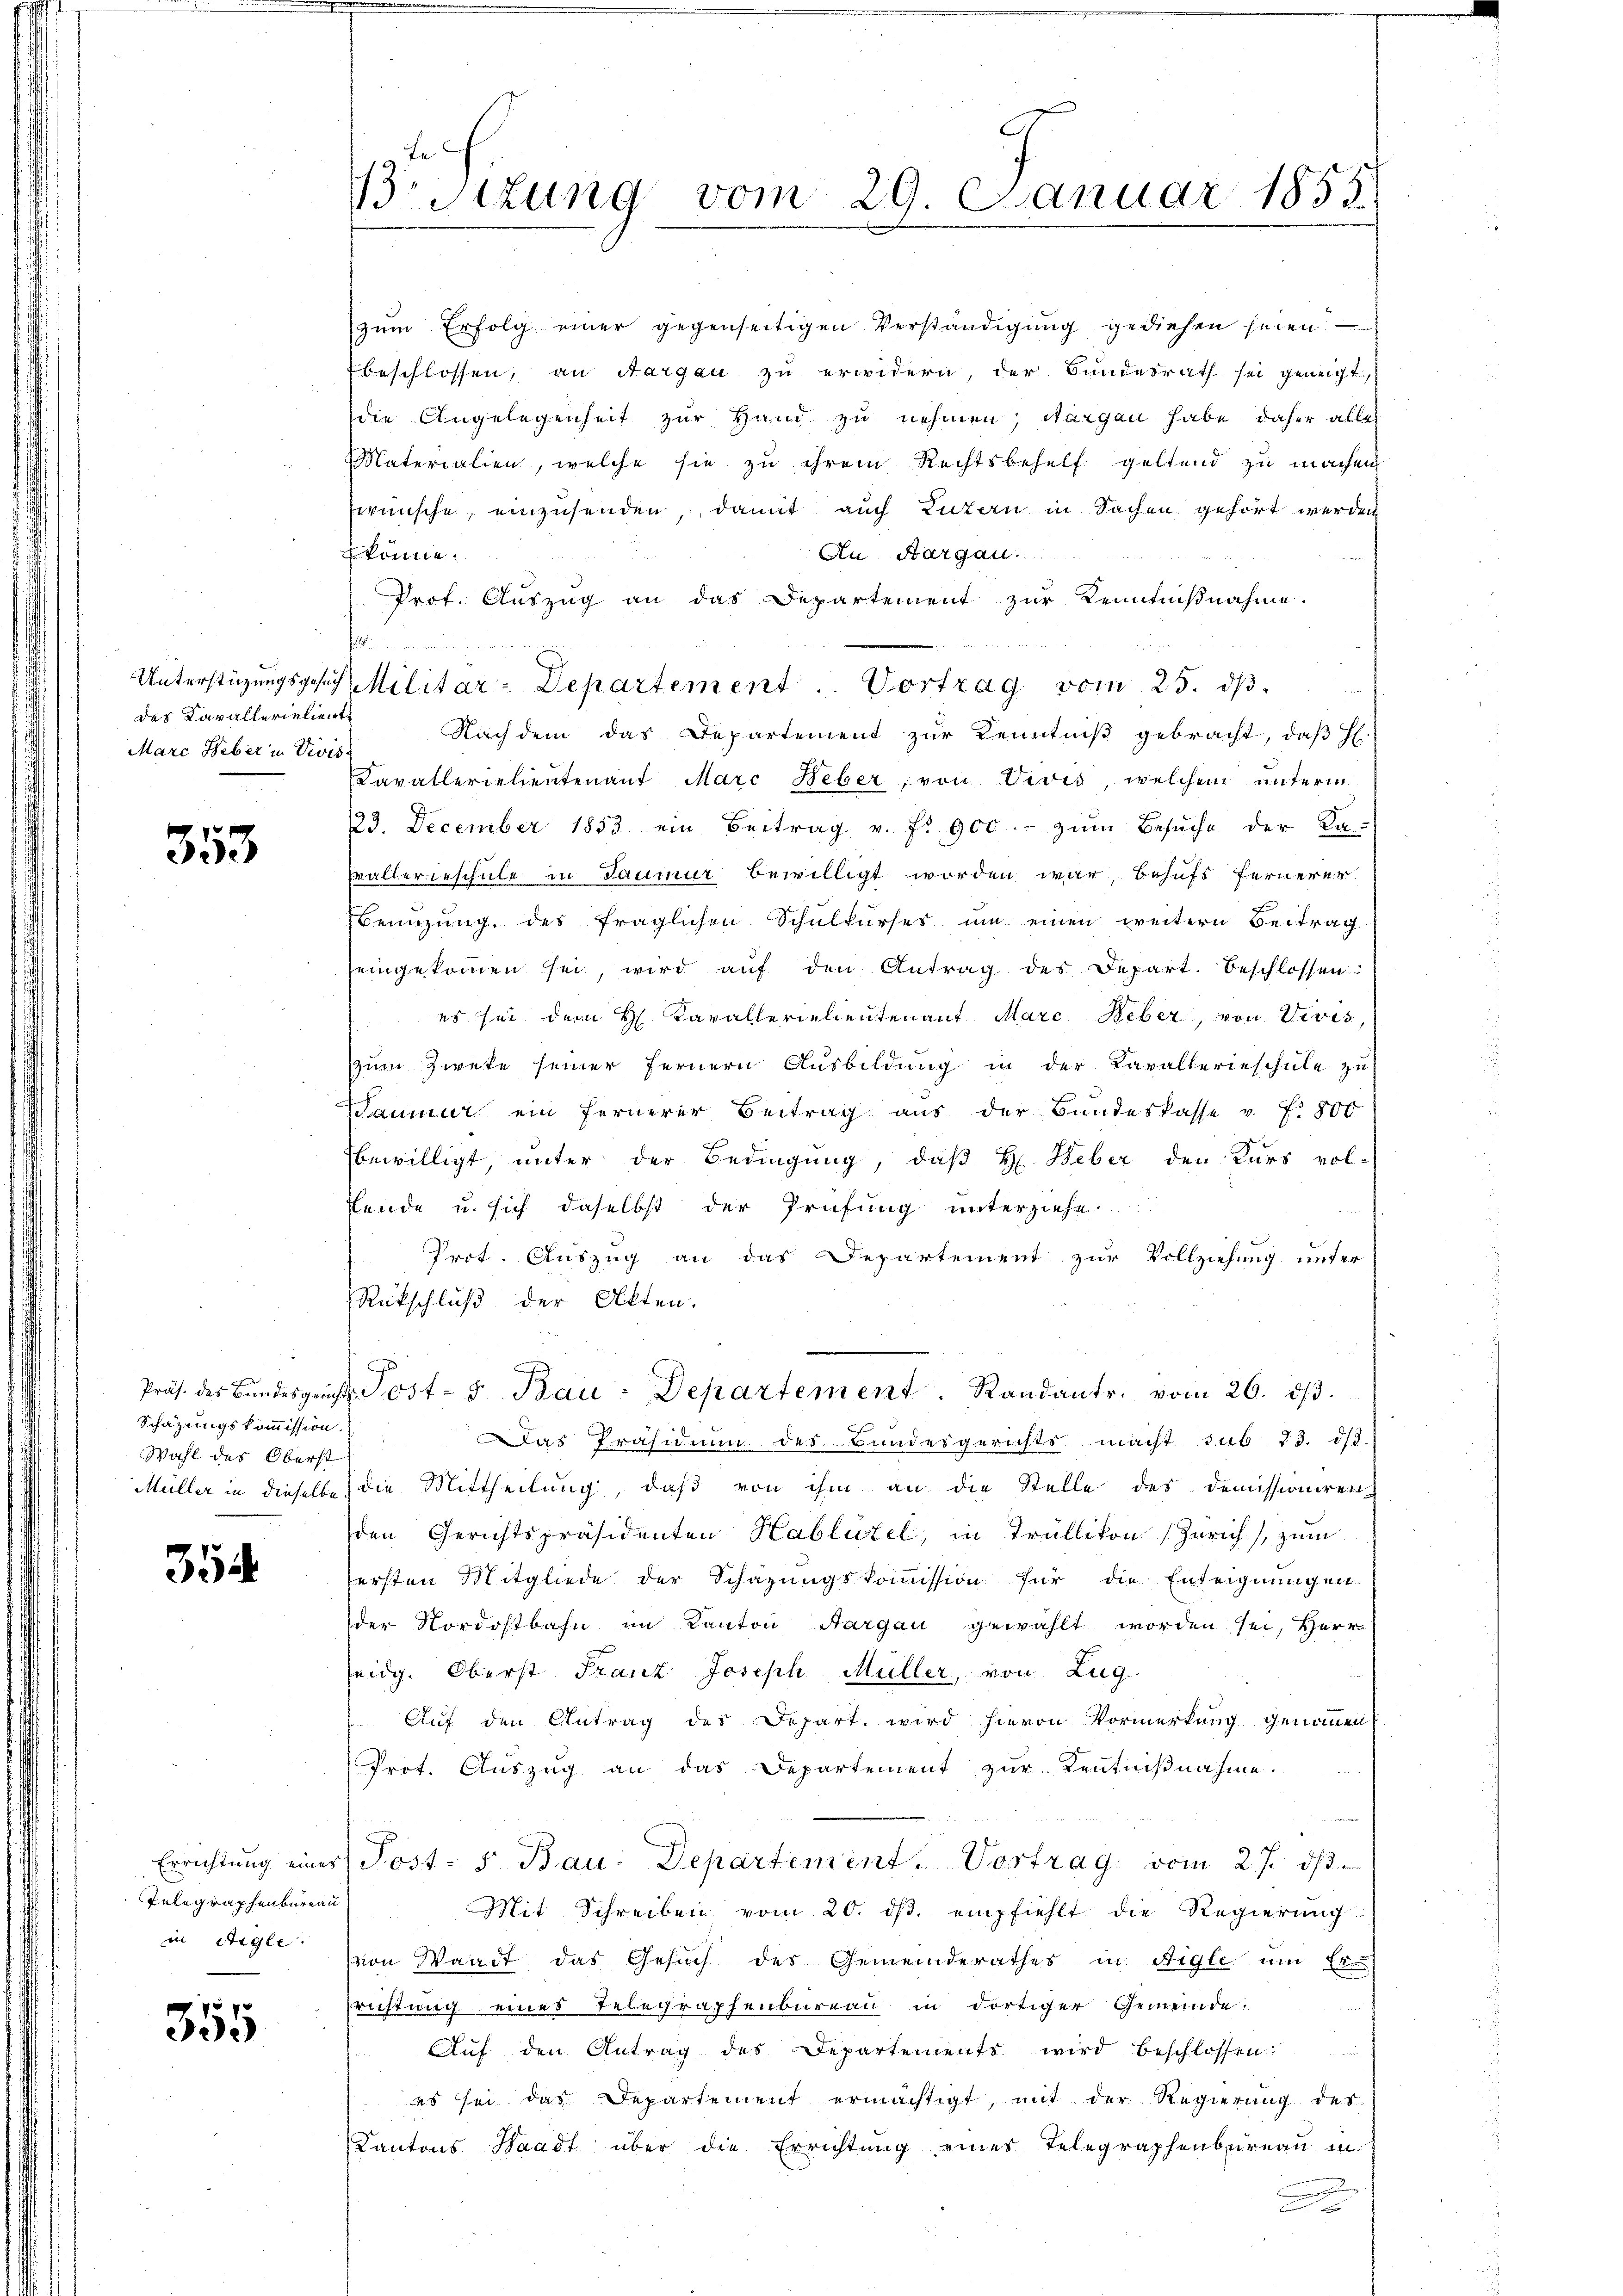
das Kavallerielient
Marc Heber in Divis

353

Schätzungskommission.
Wahl des Oberst

354

Errichtung eines
Telegraphenbureau
in Aigle

355

e

te
Brsizung vom 29. Januar 1855

zum Erfolg einer gegenseitigen Verständigung gediesen seien
beschlossen, an Aargau zu erwidern, der Bundesrath sei geneigt,
die Angelegenheit zur Hand zu nehmen; dargen habe, daher alles
Materialien, welche sie zu ihrem Rechtsbehelf geltend zu machen
wünsche, einzusenden, damit auch Luzern in Sachen gehört werden
 könne.
An Aargau
Prof. Auszug an das Departement zur Kenntnißnahme.
Nachdem das Departement zur Kenntniß gebracht, daß H.
Kavallerielientenant Marc Heber, von Vivis, welchem unterm
23. December 1853 ein Beitrag v. f. 900.- zŭm Besŭche der Ka-
Wallerieschule in Saumur bewilligt worden war, behufs fernerer
Benŭtzŭng des fraglichen Schŭlkŭrses ŭm einen weitern Beitrag
seingekommen sei, wird aŭf den Antrag des Depart. beschlossen:
es sei dem H Cavallerielieutenant Marc Beber, von Vevis
zum Zweke seiner fernern Ausbildung in der Kavallerieschule zu
Daumur ein fernerer Beitrag aus der Bundeskasse v. f. 800
bewilligt, unter der Bedingung, daß H. Weber den Kurs vol-
Tende u. sich daselbst der Prüfung unterziehe.
Prot. Auszug an das Departement zur Vollziehung unter
Rütschluß der Akten.
Präs. des Bŭndesgericht Post- u Bau-Departement. Randants. vom 26. dβ.
Das Präsidium des Bundesgerichts macht sub 23. ds.
Müller in dieselbe die Mittheilung, daß von ihm an die Stelle des Demissioniren
den Gerichtspräsidenten Hablützel, in Trüllikon Zürich, zum
fersten Mitgliede der Schazungskoṁission für die Enteignungen
der Nordostbahn im Kanton Aargau gewählt worden sei, Herr
seidg. Oberst Franz Joseph Müller, von Zug
Auf den Antrag der Depart wird hievon Vormerkung genommen,
Prot. Auszug an das Departement zur Kentnißnahme.
Post- s. Bau-Departement. Vortrag vom 27. ds.
Mit Schreiben vom 20. ds. empfiehlt die Regierung
von Waadt das Gesuch des Gemeinderathes in Aigle um Er-
srichtung eines Telegraphenbureau in dortiger Gemeinde.
Aŭf den Antrag des Departements wird beschlossen:
es sei das Departement ermächtigt, mit der Regierung des
Kantons Waadt über die Errichtung eines Telegraphenbureau in

Unterstützŭngsgesetz Militar-Departement. Vortrag vom 25. dβ.